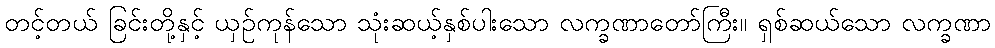
တင့်တယ် ခြင်းတို့နှင့် ယှဉ်ကုန်သော သုံးဆယ့်နှစ်ပါးသော လက္ခဏာတော်ကြီး။ ရှစ်ဆယ်သော လက္ခဏာ